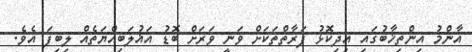
އާންމު އިންތިޚާބުގައި އިދިކޮޅު ފަރާތްތަކަށް ވަނީ ވަރަށް ބޮޑު އަޣުލަބިއްޔަތެއް ލިބިފަ އެވެ.